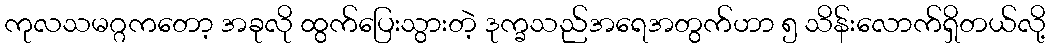
ကုလသမဂ္ဂကတော့ အခုလို ထွက်ပြေးသွားတဲ့ ဒုက္ခသည်အရေအတွက်ဟာ ၅ သိန်းလောက်ရှိတယ်လို့